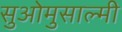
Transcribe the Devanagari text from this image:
सुओमुसाल्मी